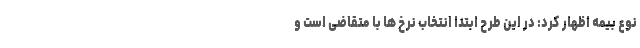
نوع بیمه اظهار کرد: در این طرح ابتدا انتخاب نرخ ها با متقاضی است و